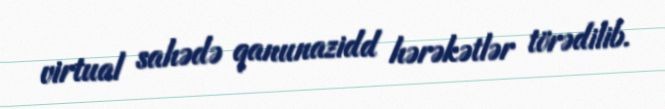
virtual sahədə qanunazidd hərəkətlər törədilib.